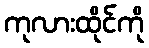
ကုလားထိုင်ကို